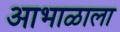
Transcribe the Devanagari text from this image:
आभाळाला